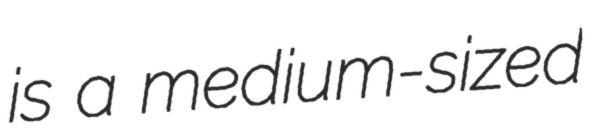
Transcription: is a medium-sized